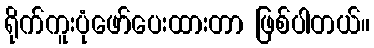
ရိုက်ကူးပုံဖော်ပေးထားတာ ဖြစ်ပါတယ်။